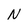
Character: N